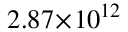
2 . 8 7 \! \times \! 1 0 ^ { 1 2 }